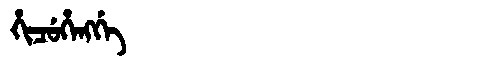
Manchu: ᡥᡳᠴᡠᡥᡝᠩᡤᡝ
Romanization: HICUHENGGE